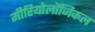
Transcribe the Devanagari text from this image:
मीरियोलॉजिकल